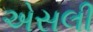
એસલી